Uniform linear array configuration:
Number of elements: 8
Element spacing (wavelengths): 1
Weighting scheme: blackman
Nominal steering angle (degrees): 15
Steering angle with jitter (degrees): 13.913
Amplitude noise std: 0.05
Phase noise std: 0.05

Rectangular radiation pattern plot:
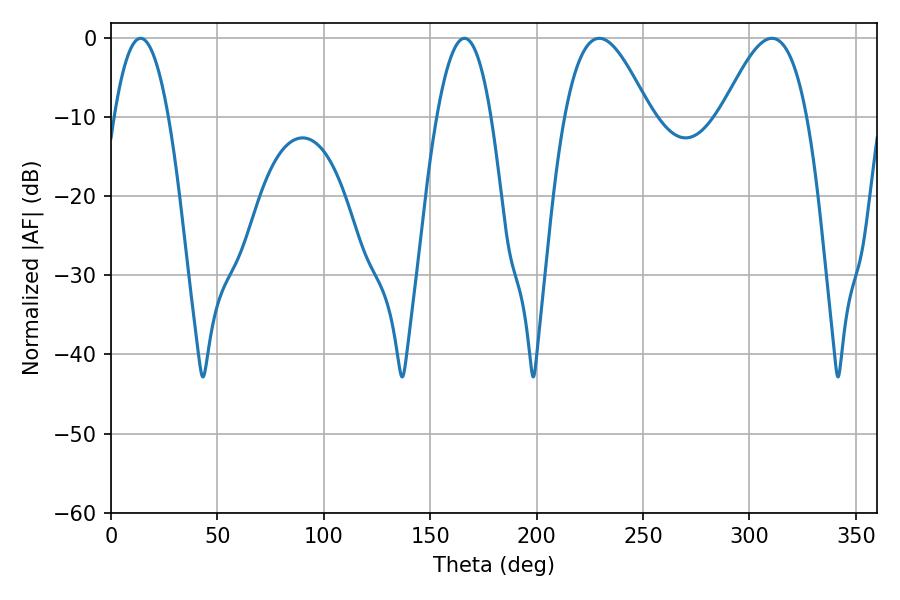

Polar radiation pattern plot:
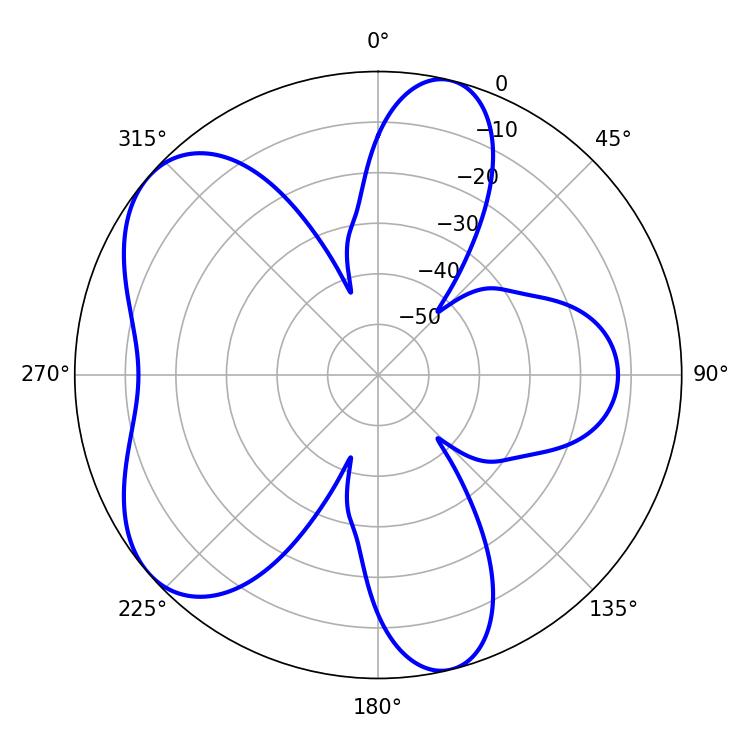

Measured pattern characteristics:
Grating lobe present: TRUE
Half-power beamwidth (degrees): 21.6
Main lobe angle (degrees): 229.5